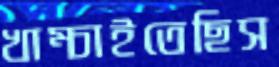
খাম্‌চাইতেছিস